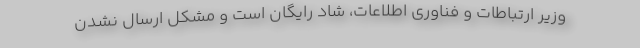
وزیر ارتباطات و فناوری اطلاعات، شاد رایگان است و مشکل ارسال نشدن